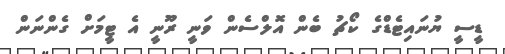
ޑީސީ ޔުނައިޓެޑްގެ ކޯޗު ބެން އޮލްސެން ވަނީ ރޫނީ އެ ޓީމަށް ގެންނަން